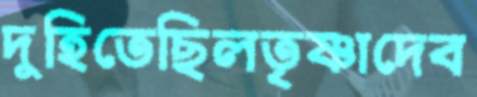
দুহিতেছিলতৃষ্ণাদেব